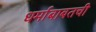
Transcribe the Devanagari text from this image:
धर्माबाबतची